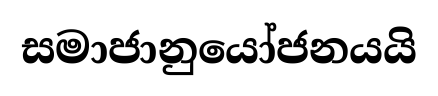
සමාජානුයෝජනයයි